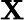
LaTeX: \textbf{X}